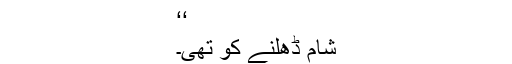
‘‘
شام ڈھلنے کو تھی۔